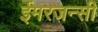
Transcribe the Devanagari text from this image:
ईमरजन्सी